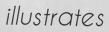
illustrates